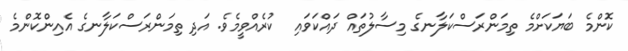
ކޮންމެ ބަޔަކަށްމެ ތިމަންރަސްކަލާނގެ މިސާލުތައް ދައްކަވައި  ކުރެއްވީމެވެ. އަދި ތިމަންރަސްކަލާނގެ އެއިންކޮންމެ